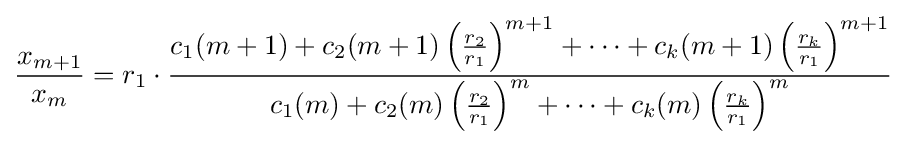
{\frac {x_{m+1}}{x_{m}}}=r_{1}\cdot {\frac {c_{1}(m+1)+c_{2}(m+1)\left({\frac {r_{2}}{r_{1}}}\right)^{m+1}+\dots +c_{k}(m+1)\left({\frac {r_{k}}{r_{1}}}\right)^{m+1}}{c_{1}(m)+c_{2}(m)\left({\frac {r_{2}}{r_{1}}}\right)^{m}+\dots +c_{k}(m)\left({\frac {r_{k}}{r_{1}}}\right)^{m}}}